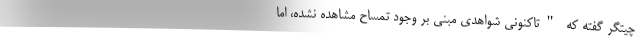
چیتگر گفته که "تاکنونی شواهدی مبنی بر وجود تمساح مشاهده نشده، اما